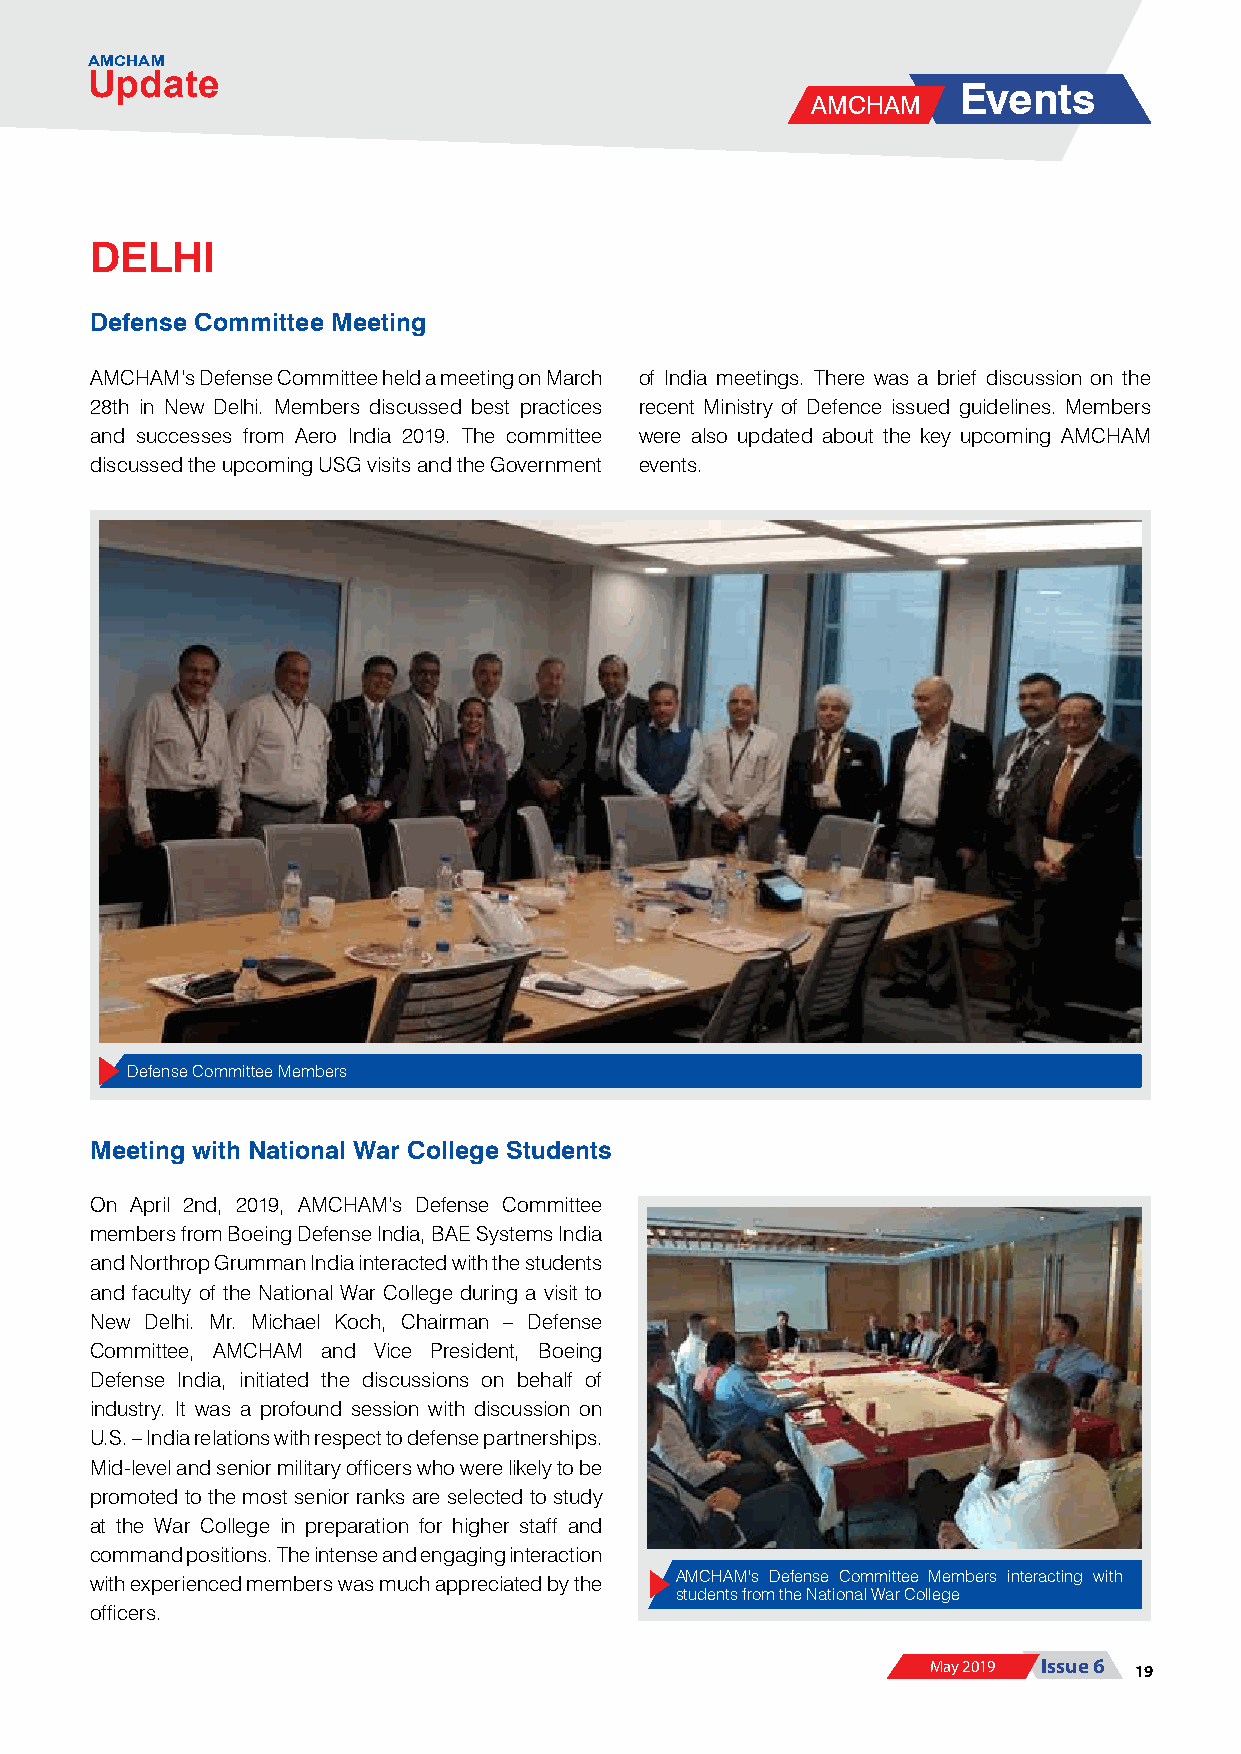
AMCHAM
 Update
 Events
 AMCHAM
 DELHI
 Defense Committee Meeting
 AMCHAM’s Defense Committee held a meeting on March of India meetings. There was a brief discussion on the
 28th in New Delhi. Members discussed best practices recent Ministry of Defence issued guidelines. Members
 and successes from Aero India 2019. The committee were also updated about the key upcoming AMCHAM
 discussed the upcoming USG visits and the Government events.
 Defense Committee Members
 Meeting with National War College Students
 On April 2nd, 2019, AMCHAM’s Defense Committee
 members from Boeing Defense India, BAE Systems India
 and Northrop Grumman India interacted with the students
 and faculty of the National War College during a visit to
 New Delhi. Mr. Michael Koch, Chairman – Defense
 Committee, AMCHAM and Vice President, Boeing
 Defense India, initiated the discussions on behalf of
 industry. It was a profound session with discussion on
 U.S. – India relations with respect to defense partnerships.
 Mid-level and senior military officers who were likely to be
 promoted to the most senior ranks are selected to study
 at the War College in preparation for higher staff and
 command positions. The intense and engaging interaction
 AMCHAM's Defense Committee Members interacting with
 with experienced members was much appreciated by the
 students from the National War College
 officers.
 May 2019 Issue 6 19